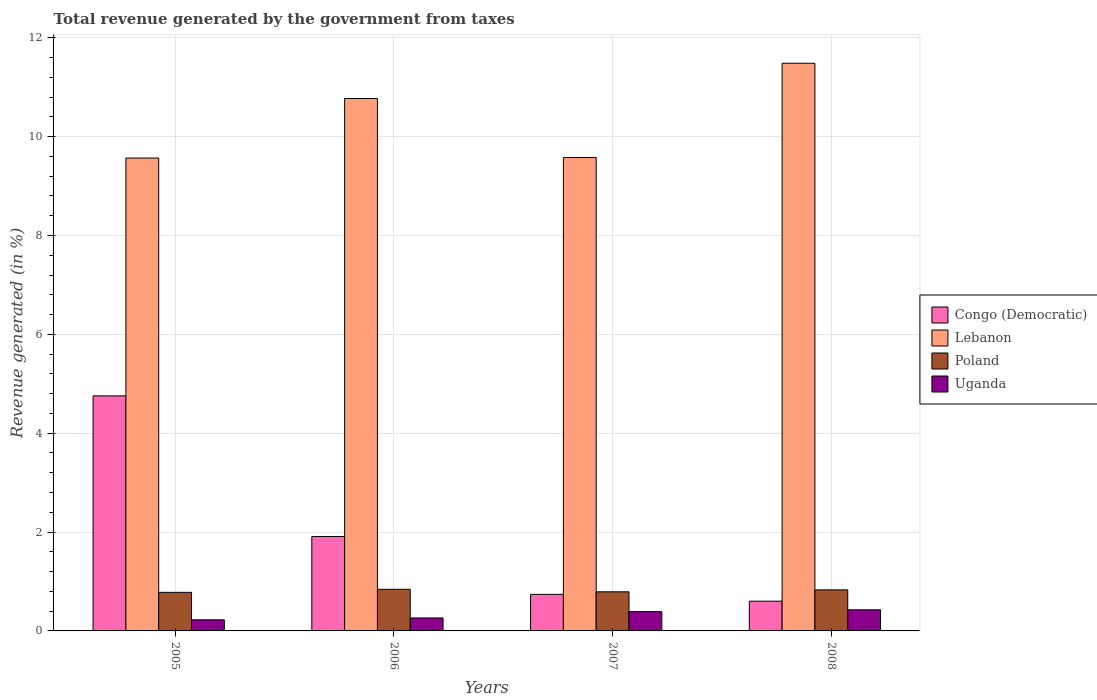
| Years | Congo (Democratic) | Lebanon | Poland | Uganda |
 | --- | --- | --- | --- | --- |
 | 2005 | 4.75 | 9.57 | 0.78 | 0.225 |
 | 2006 | 1.91 | 10.8 | 0.842 | 0.262 |
 | 2007 | 0.739 | 9.58 | 0.791 | 0.39 |
 | 2008 | 0.602 | 11.5 | 0.831 | 0.427 |